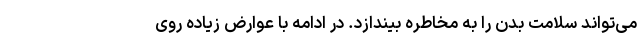
می‌تواند سلامت بدن را به مخاطره بیندازد. در ادامه با عوارض زیاده روی